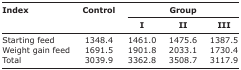
| <ROWSPAN=3> Index | <ROWSPAN=3> Control | <COLSPAN=3> Group |
 | I | II | III |
 | --- | --- | --- | --- | --- |
 | Starting feed | 1348.4 | 1461.0 | 1475.6 | 1387.5 |
 | Weight gain feed | 1691.5 | 1901.8 | 2033.1 | 1730.4 |
 | Total | 3039.9 | 3362.8 | 3508.7 | 3117.9 |